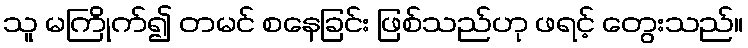
သူ မကြိုက်၍ တမင် စနေခြင်း ဖြစ်သည်ဟု ဖရင့် တွေးသည်။